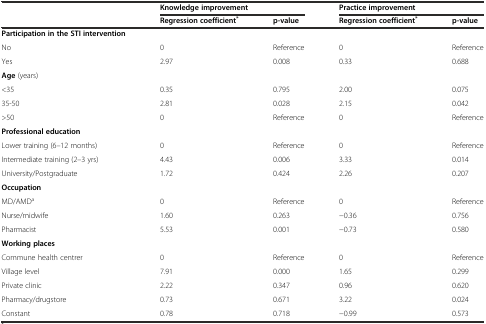
<table><thead><tr><td rowspan="2"></td><td colspan="2"><b>Knowledge improvement</b></td><td colspan="2"><b>Practice improvement</b></td></tr><tr><td><b>Regression coefficient <sup>*</sup></b></td><td><b>p-value</b></td><td><b>Regression coefficient <sup>*</sup></b></td><td><b>p-value</b></td></tr></thead><tbody><tr><td><b>Participation in the STI intervention</b></td><td></td><td></td><td></td><td></td></tr><tr><td>No</td><td>0</td><td>Reference</td><td>0</td><td>Reference</td></tr><tr><td>Yes</td><td>2.97</td><td>0.008</td><td>0.33</td><td>0.688</td></tr><tr><td><b>Age</b> (years)</td><td></td><td></td><td></td><td></td></tr><tr><td>&lt;35</td><td>0.35</td><td>0.795</td><td>2.00</td><td>0.075</td></tr><tr><td>35-50</td><td>2.81</td><td>0.028</td><td>2.15</td><td>0.042</td></tr><tr><td>&gt;50</td><td>0</td><td>Reference</td><td>0</td><td>Reference</td></tr><tr><td><b>Professional education</b></td><td></td><td></td><td></td><td></td></tr><tr><td>Lower training (6–12 months)</td><td>0</td><td>Reference</td><td>0</td><td>Reference</td></tr><tr><td>Intermediate training (2–3 yrs)</td><td>4.43</td><td>0.006</td><td>3.33</td><td>0.014</td></tr><tr><td>University/Postgraduate</td><td>1.72</td><td>0.424</td><td>2.26</td><td>0.207</td></tr><tr><td><b>Occupation</b></td><td></td><td></td><td></td><td></td></tr><tr><td>MD/AMD<sup>a</sup></td><td>0</td><td>Reference</td><td>0</td><td>Reference</td></tr><tr><td>Nurse/midwife</td><td>1.60</td><td>0.263</td><td>−0.36</td><td>0.756</td></tr><tr><td>Pharmacist</td><td>5.53</td><td>0.001</td><td>−0.73</td><td>0.580</td></tr><tr><td><b>Working places</b></td><td></td><td></td><td></td><td></td></tr><tr><td>Commune health centrer</td><td>0</td><td>Reference</td><td>0</td><td>Reference</td></tr><tr><td>Village level</td><td>7.91</td><td>0.000</td><td>1.65</td><td>0.299</td></tr><tr><td>Private clinic</td><td>2.22</td><td>0.347</td><td>0.96</td><td>0.620</td></tr><tr><td>Pharmacy/drugstore</td><td>0.73</td><td>0.671</td><td>3.22</td><td>0.024</td></tr><tr><td>Constant</td><td>0.78</td><td>0.718</td><td>−0.99</td><td>0.573</td></tr></tbody></table>